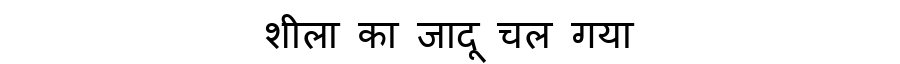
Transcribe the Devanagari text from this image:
शीला का जादू चल गया